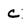
Character: c